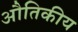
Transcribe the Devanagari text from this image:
औतिकीय